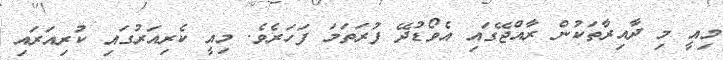
މިއީ މި ދާއިރާތަކުން ރާއްޖޭގައި އެވޯޑުދޭ ފުރަތަމަ ފަހަރެވެ. މިއީ ކެރިއަރުގައި ކުރިއަރައި